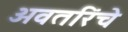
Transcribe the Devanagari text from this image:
अवतरिंचे